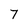
Character: 7